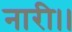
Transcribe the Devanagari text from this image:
नारी।।